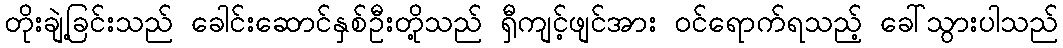
တိုးချဲ့ခြင်းသည် ခေါင်းဆောင်နှစ်ဦးတို့သည် ရှီကျင့်ဖျင်အား ဝင်ရောက်ရသည့် ခေါ်သွားပါသည်